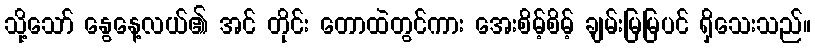
သို့သော် နွေနေ့လယ်၏ အင် တိုင်း တောထဲတွင်ကား အေးစိမ့်စိမ့် ချမ်းမြမြပင် ရှိသေးသည်။